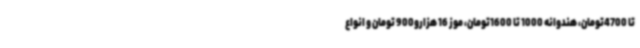
تا 4700تومان، هندوانه 1000 تا 1600تومان، موز 16 هزارو900 تومان و انواع